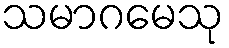
သမာဂမေသု